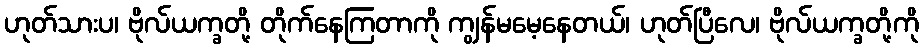
ဟုတ်သားပ၊ ဗိုလ်ယက္ခတို့ တိုက်နေကြတာကို ကျွန်မမေ့နေတယ်၊ ဟုတ်ပြီလေ၊ ဗိုလ်ယက္ခတို့ကို